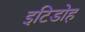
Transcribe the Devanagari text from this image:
इटिडोह